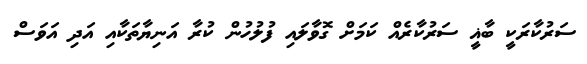
ސަރުކާރަކީ ބާޣީ ސަރުކާރެއް ކަމަށް ގޮވާލައި ފުލުހުން ކުރާ އަނިޔާތަކާއި އަދި އަވަސް